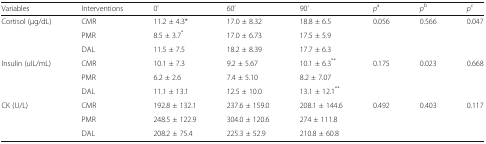
<table><thead><tr><td><b>Variables</b></td><td><b>Interventions</b></td><td><b>0’</b></td><td><b>60’</b></td><td><b>90’</b></td><td><b><i>p</i><sup>a</sup></b></td><td><b><i>p</i><sup>b</sup></b></td><td><b><i>p</i><sup>c</sup></b></td></tr></thead><tbody><tr><td rowspan="3">Cortisol (μg/dL)</td><td>CMR</td><td>11.2 ± 4.3*</td><td>17.0 ± 8.32</td><td>18.8 ± 6.5</td><td>0.056</td><td>0.566</td><td>0.047</td></tr><tr><td>PMR</td><td>8.5 ± 3.7<sup>*</sup></td><td>17.0 ± 6.73</td><td>17.5 ± 5.9</td><td></td><td></td><td></td></tr><tr><td>DAL</td><td>11.5 ± 7.5</td><td>18.2 ± 8.39</td><td>17.7 ± 6.3</td><td></td><td></td><td></td></tr><tr><td rowspan="3">Insulin (uIL/mL)</td><td>CMR</td><td>10.1 ± 7.3</td><td>9.2 ± 5.67</td><td>10.1 ± 6.3<sup>**</sup></td><td>0.175</td><td>0.023</td><td>0.668</td></tr><tr><td>PMR</td><td>6.2 ± 2.6</td><td>7.4 ± 5.10</td><td>8.2 ± 7.07</td><td></td><td></td><td></td></tr><tr><td>DAL</td><td>11.1 ± 13.1</td><td>12.5 ± 10.0</td><td>13.1 ± 12.1<sup>**</sup></td><td></td><td></td><td></td></tr><tr><td rowspan="3">CK (U/L)</td><td>CMR</td><td>192.8 ± 132.1</td><td>237.6 ± 159.0</td><td>208.1 ± 144.6</td><td>0.492</td><td>0.403</td><td>0.117</td></tr><tr><td>PMR</td><td>248.5 ± 122.9</td><td>304.0 ± 120.6</td><td>274 ± 111.8</td><td></td><td></td><td></td></tr><tr><td>DAL</td><td>208.2 ± 75.4</td><td>225.3 ± 52.9</td><td>210.8 ± 60.8</td><td></td><td></td><td></td></tr></tbody></table>